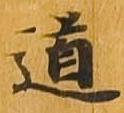
道